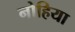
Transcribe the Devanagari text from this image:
नोहिया